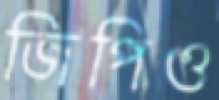
জিপিও